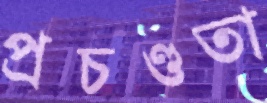
প্রচণ্ডতা